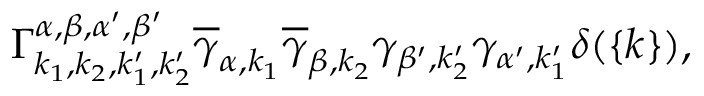
\Gamma _ { { k _ { 1 } } , { k _ { 2 } } , { { k } _ { 1 } ^ { \prime } } , { { k } _ { 2 } ^ { \prime } } } ^ { \alpha , \beta , \alpha ^ { \prime } , \beta ^ { \prime } } \overline { { \gamma } } _ { \alpha , { k } _ { 1 } } \overline { { \gamma } } _ { \beta , { k } _ { 2 } } \gamma _ { \beta ^ { \prime } , { k } _ { 2 } ^ { \prime } } \gamma _ { \alpha ^ { \prime } , { k } _ { 1 } ^ { \prime } } \delta ( \{ k \} ) ,